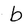
Character: b